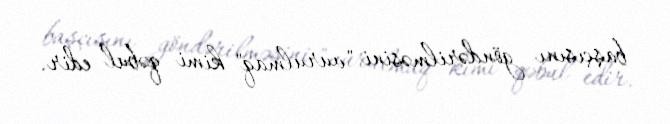
başçısını göndərilməsini "vurulmaq" kimi qəbul edir.